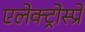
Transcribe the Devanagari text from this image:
एलेक्ट्रोस्प्रे